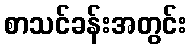
စာသင်ခန်းအတွင်း